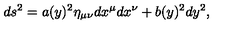
d s ^ { 2 } = a ( y ) ^ { 2 } \eta _ { \mu \nu } d x ^ { \mu } d x ^ { \nu } + b ( y ) ^ { 2 } d y ^ { 2 } ,